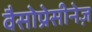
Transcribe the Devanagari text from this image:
वैसोप्रेसीनेज़